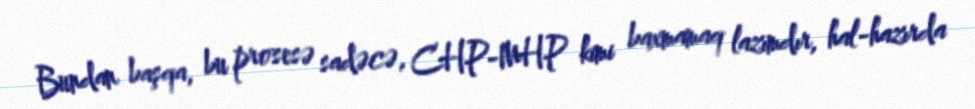
Bundan başqa, bu prosesə sadəcə, CHP-MHP kimi baxmamaq lazımdır, hal-hazırda